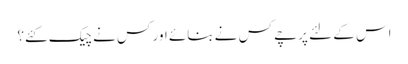
اس کے لئے پرچے کس نے بنائے اور کس نے چیک کئے؟